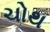
ચોથ